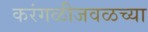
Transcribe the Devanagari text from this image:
करंगळीजवळच्या